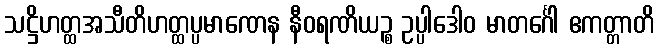
သဋ္ဌိဟတ္ထအသီတိဟတ္ထပ္ပမာဏေန နီဝရဏိယဉ္စ ဥပ္ပါဒေါဝ မာတင်္ဂေါ ဧကတ္တာတိ